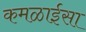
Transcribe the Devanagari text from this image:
कमळाईसा